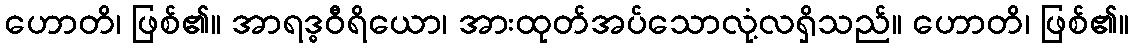
ဟောတိ၊ ဖြစ်၏။ အာရဒ္ဓဝီရိယော၊ အားထုတ်အပ်သောလုံ့လရှိသည်။ ဟောတိ၊ ဖြစ်၏။